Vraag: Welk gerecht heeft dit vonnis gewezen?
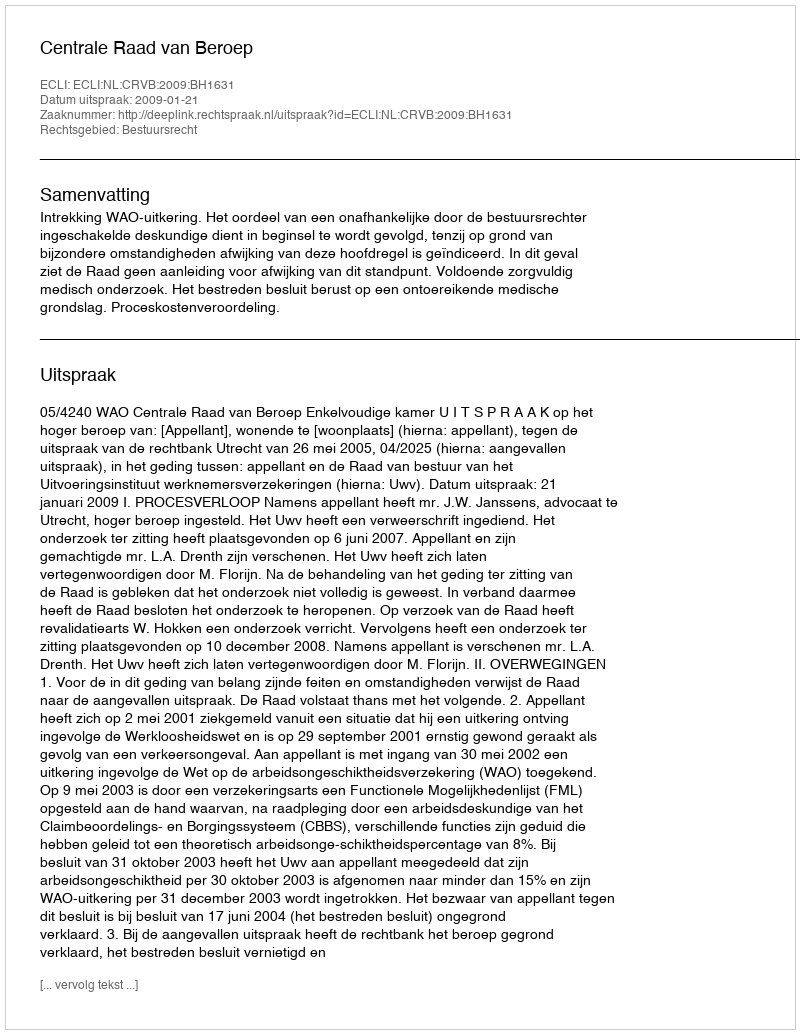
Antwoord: Centrale Raad van Beroep